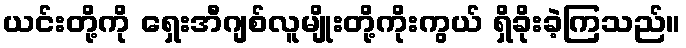
ယင်းတို့ကို ရှေးအီဂျစ်လူမျိုးတို့ကိုးကွယ် ရှိခိုးခဲ့ကြသည်။